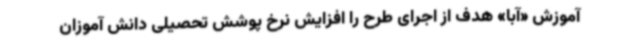
آموزش «آبا» هدف از اجرای طرح را افزایش نرخ پوشش تحصیلی دانش آموزان